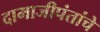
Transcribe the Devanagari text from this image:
दामाजीपंतांचे